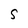
Character: S